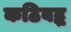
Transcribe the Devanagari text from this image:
कठिबद्ध